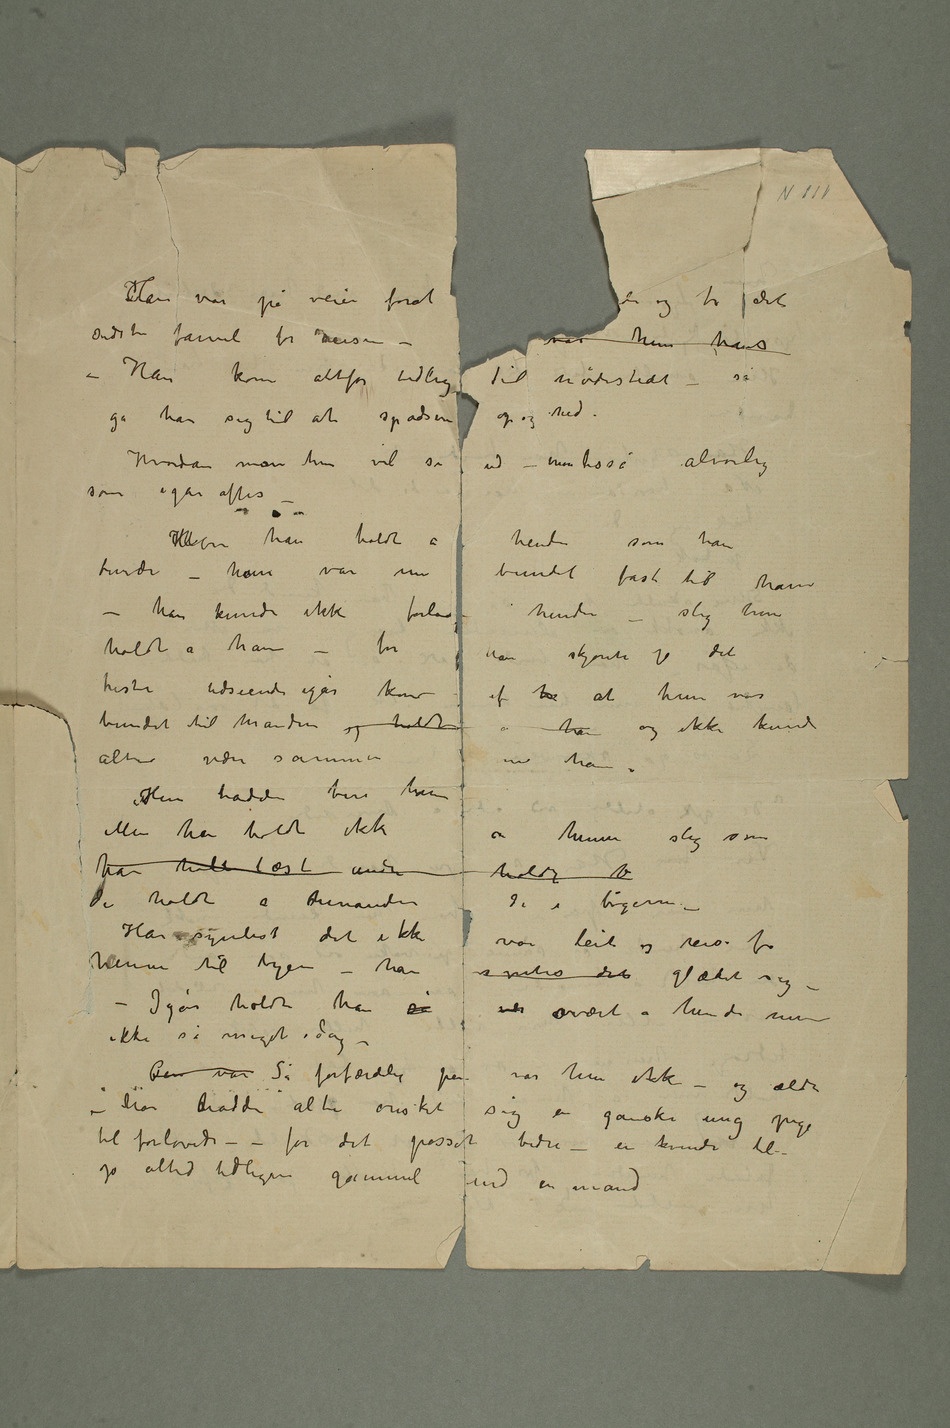
– Han kom altfor tidlig til mødestedet – så
Hvordan mon hun vil se ud – mon lisså alvorlig
som igår aftes
– HanMon han holdt a hende som han
burde – haun var nu bundet fast til ham –
han kunde ikke forla hende – slig hun
holdt a ham – for han skjønte jo det
triste udseende igår kom af hu at  hun var
bundet til manden og holdt a ham og ikke kunde
Men han holdt ikke
a henne slig som
de holdt a hinanden de i bøgerne –
Han syntest det ikke var leit og reise fra
henne til byen – han syntes det glædet sig –
– Igår holdt han så  svært a hende men
ikke så meget idag –
Pen var Så forfærdelig pen var hun ikke
– og ældre
– han hadde alti ønsket sig en ganske ung pige
til forlovede – for det passet bedre – en kvinde blev
jo altid tidligere gammel end en mand